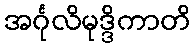
အင်္ဂုလိမုဒ္ဒိကာတိ